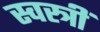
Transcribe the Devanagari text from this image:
स्वस्त्रीं